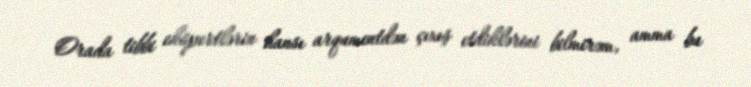
Orada tibbi ekspertlərin hansı arqumentdən çıxış etdiklərini bilmirəm, amma bu